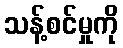
သန့်စင်မှုကို